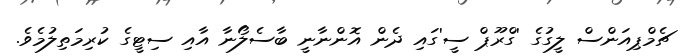
ޗެމްޕިއަންސް ލީގުގެ 'ގްރޫޕް ސީ'ގައި ދެން އޮންނާނީ ބާސެލޯނާ އާއި ސިޓީގެ ކުރިމަތިލުމެވެ.